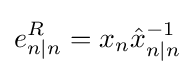
e_{n|n}^{R}=x_{n}{\hat {x}}_{n|n}^{-1}